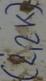
Text: (2,2K)